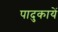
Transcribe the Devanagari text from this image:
पादुकायें